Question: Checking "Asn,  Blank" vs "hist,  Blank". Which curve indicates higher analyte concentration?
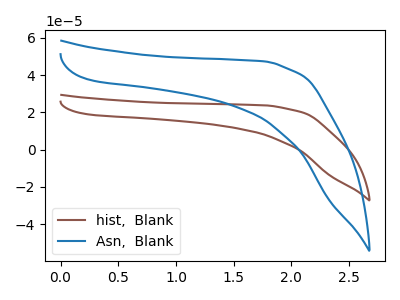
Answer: <think>The brown curve "hist,  Blank" has no peaks. The blue curve "Asn,  Blank" has no peaks.
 Neither "Asn,  Blank" or "hist,  Blank" have any peaks.</think>
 <answer>I cant tell if "Asn,  Blank" or "hist,  Blank" has higher concentration.</answer>
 <eval>mixed_concentration</eval>